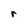
Character: r